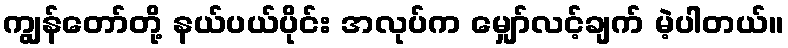
ကျွန်တော်တို့ နယ်ပယ်ပိုင်း အလုပ်က မျှော်လင့်ချက် မဲ့ပါတယ်။